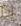
إذا